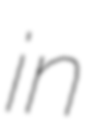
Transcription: in